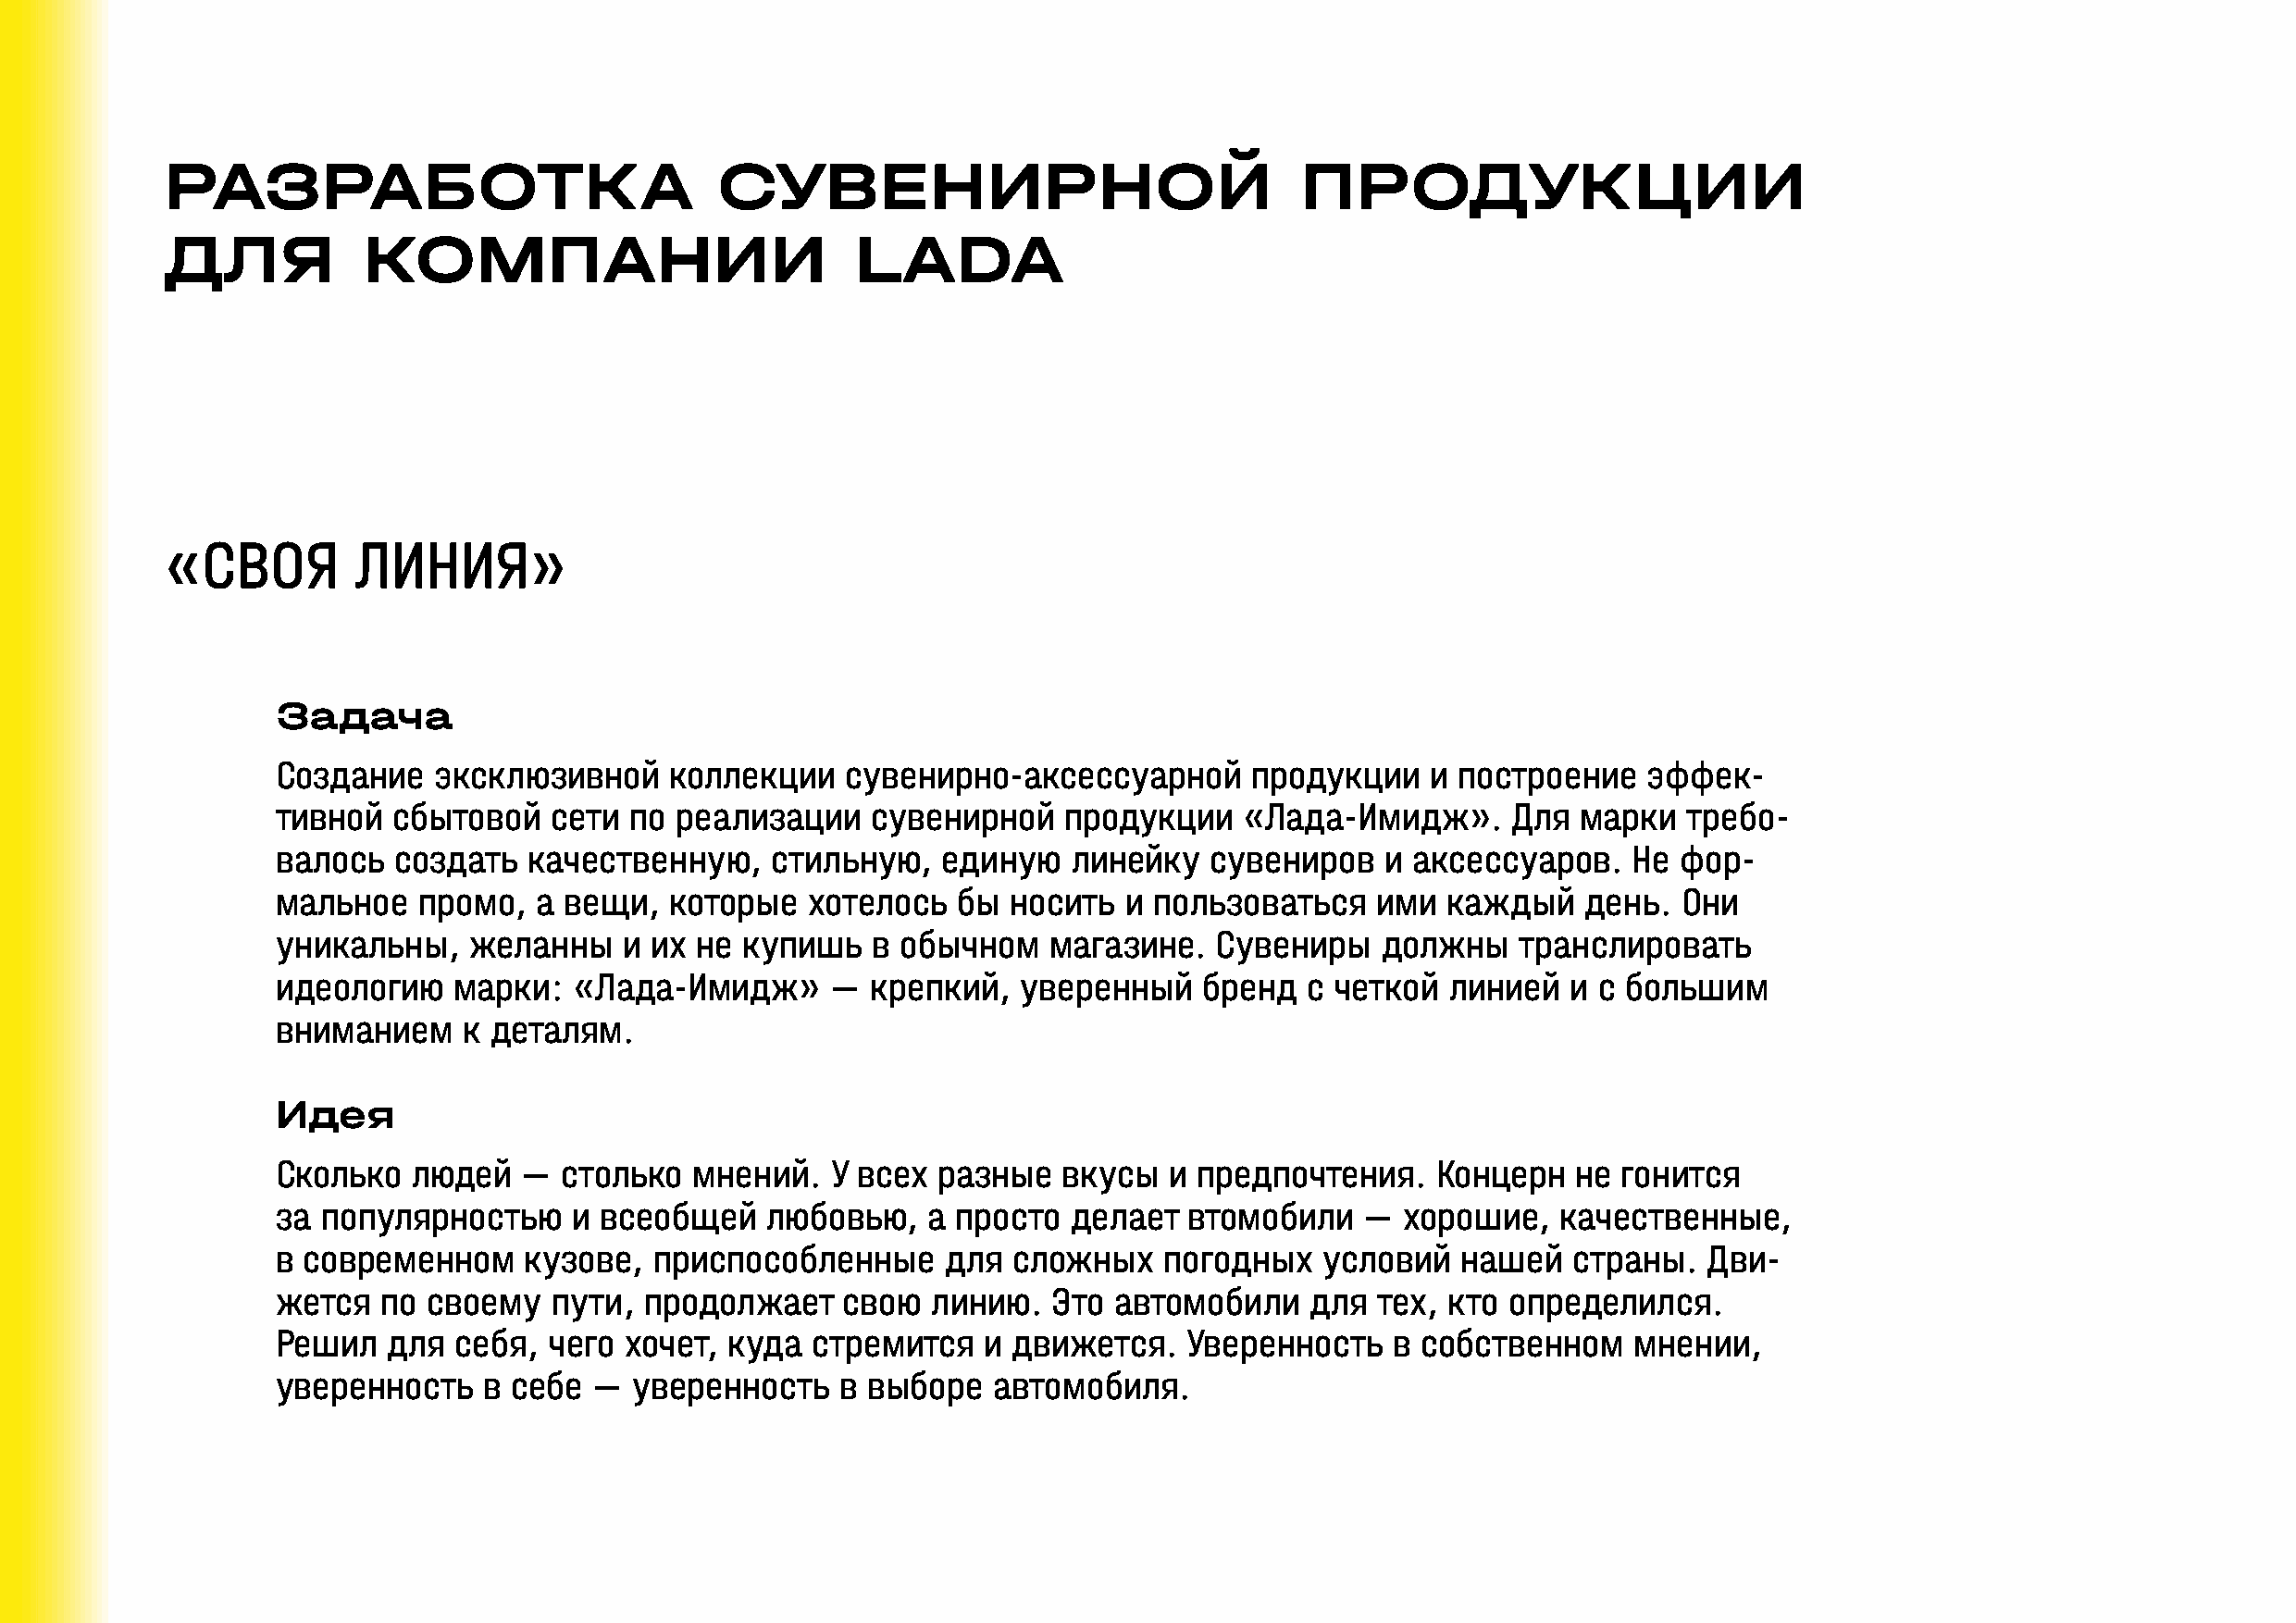
РАЗРАБОТКА                             СУВЕНИРНОЙ                                ПРОДУКЦИИ
 ДЛЯ           КОМПАНИИ                           LADA
 «СВОЯ        ЛИНИЯ»
 Задача
 Создание   эксклюзивной     коллекции   сувенирно-аксессуарной        продукции   и построение    эффек-
 тивной  сбытовой   сети  по реализации    сувенирной    продукции    «Лада-Имидж».      Для  марки   требо-
 валось  создать   качественную,    стильную,   единую    линейку   сувениров   и аксессуаров.    Не фор-
 мальное   промо,  а вещи,   которые   хотелось  бы  носить  и пользоваться    ими   каждый   день.  Они
 уникальны,    желанны    и их не купишь   в обычном    магазине.   Сувениры    должны    транслировать
 идеологию   марки:   «Лада-Имидж»      —  крепкий,   уверенный    бренд  с четкой   линией  и с большим
 вниманием    к деталям.
 Идея
 Сколько  людей   —  столько   мнений.  У всех  разные   вкусы   и предпочтения.    Концерн   не гонится
 за популярностью     и всеобщей    любовью,   а просто   делает  втомобили    — хорошие,    качественные,
 в современном     кузове,  приспособленные      для сложных    погодных    условий  нашей   страны.   Дви-
 жется  по  своему  пути,  продолжает    свою   линию.  Это  автомобили    для тех,  кто определился.
 Решил   для  себя, чего  хочет, куда  стремится   и движется.    Уверенность    в собственном    мнении,
 уверенность    в себе —  уверенность    в выборе   автомобиля.